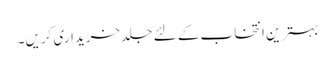
بہترین انتخاب کے لئے جلد خریداری کریں۔